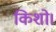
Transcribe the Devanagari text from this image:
किशो।